Leaving Certificate Examination (including Day School Certificate (Higher) General paper), 1938
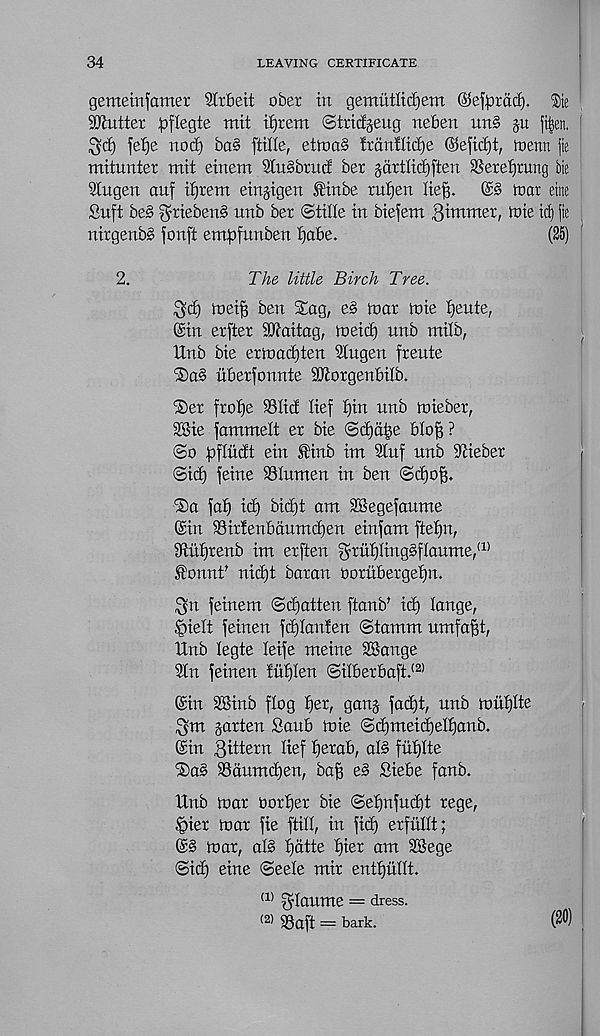
34
LEAVING CERTIFICATE
gememfomer SCr&eit ober in gemutlidjem ©efprad). %\t
Gutter ^flegte mit igrem ©tridjeug ne&en tms git
^cf) felge nod) ba§ ftille, etmas lrdn!Iid)e ©efid)t, loenn jie
mitunter mit einem SlnSbrud ber gdrtlid)ften SSexetjrung bte
3lngen auf d)rem eingtgen ®inbe rul)en lie^.
(£§ mar erne
Suft be§ ^rteben§ unb ber ©tide in biefem dimmer, loie ic^ jie
nirgenbS fonft empfunben fjabe.
(25)
2.
The little Birch Tree.
$d) meiji ben Sag, e§ mar nrie fjeute,
©in erfter dJiaitag, meid) nnb milb,
Unb bie ertoadjden Slugen {rente
®a§ uberjonnte SUtorgen&ilb.
Ser frofje Slid lief £)in nnb mieber,
3®ie fammelt er bie ©djdfee 6(of) ?
©o pfliidt ein finb im Stuf unb SUeber
©id) feine Slumen in ben @d)o|.
®a fa£) id) bid)t am SBegefaume
©in SirfenMuntdfen einfam ftef)n,
dtufjrenb im erften $ruf)ling§flaume, (1)
fonnf nid)t baran Ooriibergetjn.
^n feinem ©djatten ftanb' id) lange,
§ielt feinen fdjlanten ©tamm umfa^t,
Unb legte leife meine SSange
2ln feinen !uf)ten ©ilberbaft. (2)
©in SBinb flog tfer, gang fad)t, nnb mut)Ite
$m garten £aub mie ©d)meid)elf)anb.
©in gittern lief tjerab, alb fuljlte
Sab Sdumdjen, bajf eb Siebe fanb.
Unb mar oor^er bie ©ef)nfud)t rege,
^ier mar fie ftill, in fid) erfullt;
©b mar, alb l)dtte l)ier am SBege
©id) eine ©eele mir entfjullt.
(1) gdaitme = dress.
(2) Saft = bark.
(20)